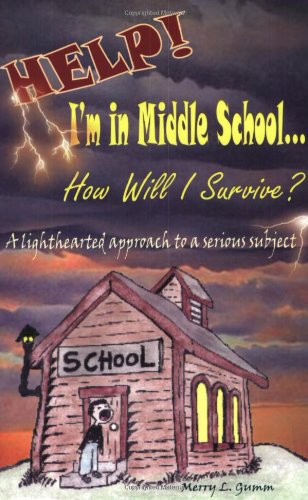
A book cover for Help! I'm in Middle School... How Will I Survive?; Merry L. Gumm; Teen & Young Adult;